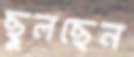
ছুলছেন